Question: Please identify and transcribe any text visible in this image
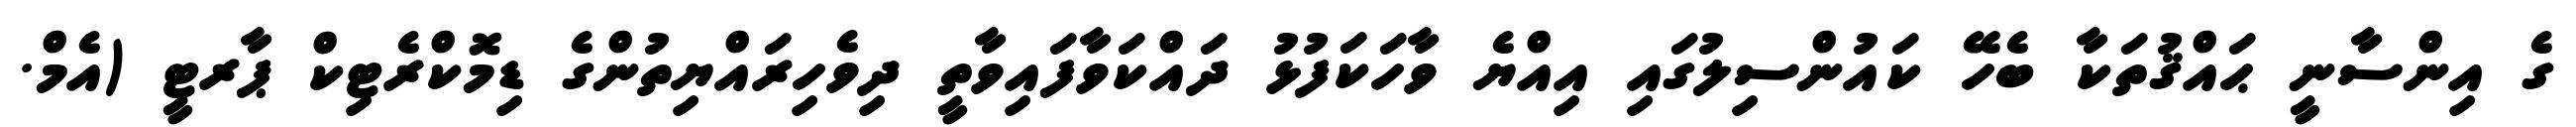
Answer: ގެ އިންސާނީ ޙައްޤުތަކާ ބެހޭ ކައުންސިލުގައި އިއްޔެ ވާހަކަފުޅު ދައްކަވާފައިވާތީ ދިވެހިރައްޔިތުންގެ ޑިމޮކްރެޓިކް ޕާރޓީ (އެމް.